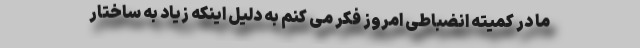
ما در کمیته انضباطی امروز فکر می کنم به دلیل اینکه زیاد به ساختار